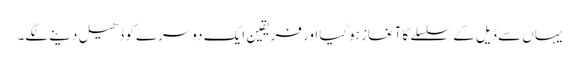
یہاں سے ڈیل کے سلسلے کا آغاز ہوگیا اور فریقین ایک دوسرے کو ڈھیل دینے لگے۔